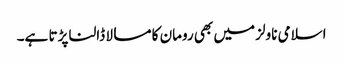
اسلامی ناولز میں بھی رومان کا مسالا ڈالنا پڑتا ہے۔